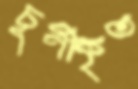
চূর্ণীকৃত